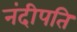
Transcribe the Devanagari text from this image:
नंदीपति